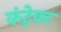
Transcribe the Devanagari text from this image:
कंट्रेक्ट